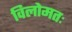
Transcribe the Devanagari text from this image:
विलोमतः